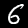
Digit: 6